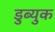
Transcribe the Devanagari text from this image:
डुब्युक